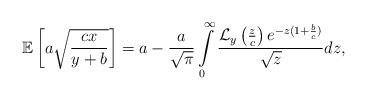
LaTeX: \begin{align*} \mathbb{E} \left[a \sqrt{\frac{c x}{y+b}} \right]= a- \frac{a}{\sqrt{\pi} } \int\limits_{0}^{\infty} \frac{\mathcal{L}_y\left(\frac{z}{c}\right) e^{-z(1+\frac{b}{c})}}{\sqrt{z}}dz, \end{align*}